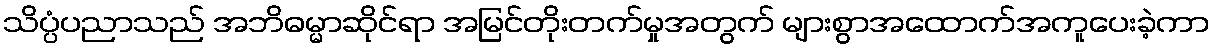
သိပ္ပံပညာသည် အဘိဓမ္မာဆိုင်ရာ အမြင်တိုးတက်မှုအတွက် များစွာအထောက်အကူပေးခဲ့ကာ